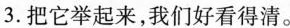
3.把它举起来，我们好看得清。